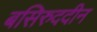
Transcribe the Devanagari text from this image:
बसिरुददीन